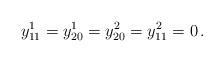
LaTeX: \begin{align*} y^1_{11}=y^1_{20}=y^2_{20}=y^2_{11}=0\,.\end{align*}